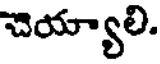
చెయ్యాలి.